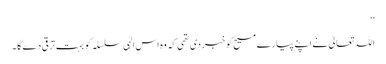
‘‘
اللہ تعالیٰ نے اپنے پیارے مسیح کو خبر دی تھی کہ وہ اس الہٰی سلسلہ کو بہت ترقی دے گا ۔